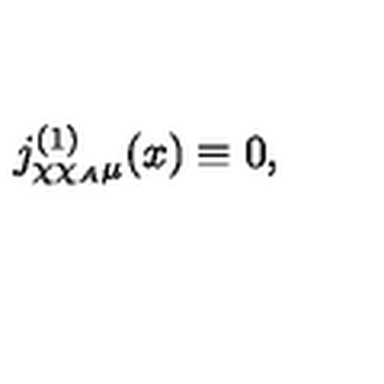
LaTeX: j _ { \chi \chi _ { A } \mu } ^ { ( 1 ) } ( x ) \equiv 0 ,